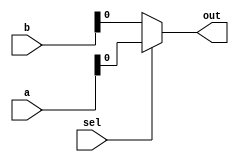
module mux32two(a,b,sel,out);
input [31:0]a,b;
input sel;
output out;


assign out=sel?a:b;


endmodule